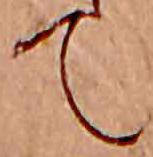
て